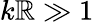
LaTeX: k\mathbb{R}\gg1